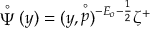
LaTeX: \stackrel { \circ } { \Psi } ( y ) = ( y , \stackrel { \circ } { p } ) ^ { - E _ { o } - \frac 1 2 } \zeta ^ { + }